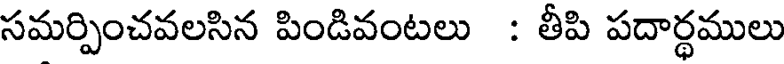
సమర్పించవలసిన పిండివంటలు : తీపి పదార్థములు